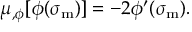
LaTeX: \mu _ { , \phi } [ \phi ( \sigma _ { \mathrm { m } } ) ] = - 2 \phi ^ { \prime } ( \sigma _ { \mathrm { m } } ) .